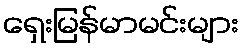
ရှေးမြန်မာမင်းများ